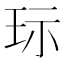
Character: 𱮷